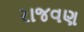
રાજવણ